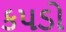
કપડો